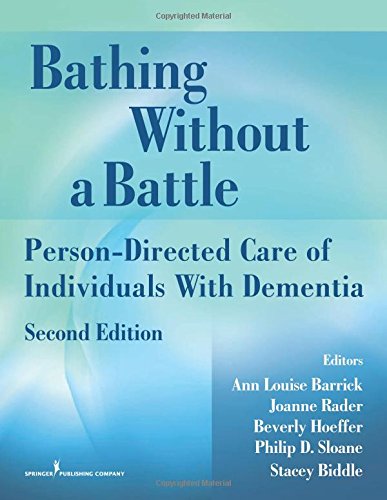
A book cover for Bathing Without a Battle: Person-Directed Care of Individuals with Dementia, Second Edition (Springer Series on Geriatric Nursing); Medical Books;